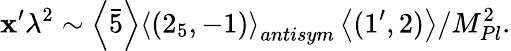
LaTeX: \mathbf{x}^{\prime}\lambda^{2}\sim\left\langle\bar{{5}}\right\rangle\left\langle(2_{5},-1)\right\rangle_{antisym}\left\langle(1^{\prime},2)\right\rangle/M_{Pl}^{2}.